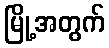
မြို့အတွက်